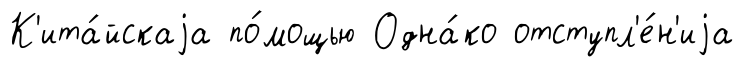
К'ита́йскаjа по́мощью Одна́ко отступл'е́н'иjа